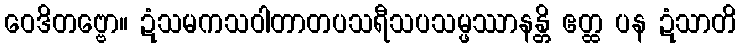
ဝေဒိတဗ္ဗော။ ဍံသမကသဝါတာတပသရီသပသမ္ဖဿာနန္တိ ဧတ္ထ ပန ဍံသာတိ